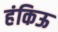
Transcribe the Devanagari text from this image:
हंकिऊ